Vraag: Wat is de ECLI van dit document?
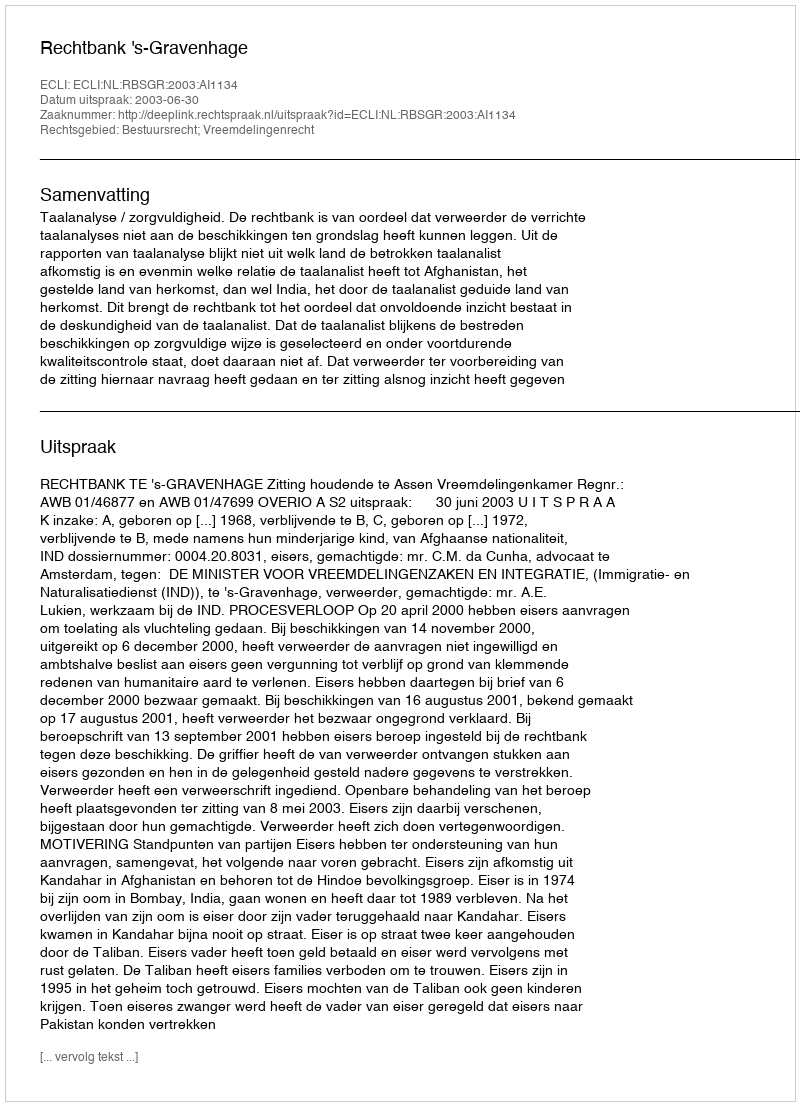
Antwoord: ECLI:NL:RBSGR:2003:AI1134